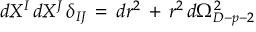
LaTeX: \, d X ^ { I } \, d X ^ { J } \, \delta _ { I J } \, = \, d r ^ { 2 } \, + \, r ^ { 2 } \, d \Omega _ { D - p - 2 } ^ { 2 }